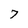
Character: 7